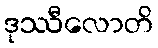
ဒုဿီလောတိ